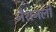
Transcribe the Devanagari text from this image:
नैशनली